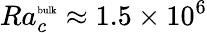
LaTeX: Ra_{c}^{\mathrm{\tiny{bulk}}}\approx 1.5\times 10^{6}